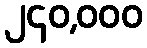
၂၄၀,၀၀၀